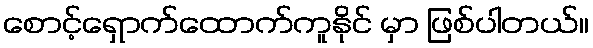
စောင့်ရှောက်ထောက်ကူနိုင် မှာ ဖြစ်ပါတယ်။